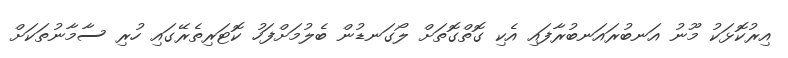
އިރުކޮޅަކު މޫނު އަނބުރައަނބުރާފައި އެކި ގޮތްގޮތަށް ލޯގަނޑުން ބެލުމަށްފަހު ކޮޓަރިތެރޭގައި ހުރި ސާމާނުތަކަށް